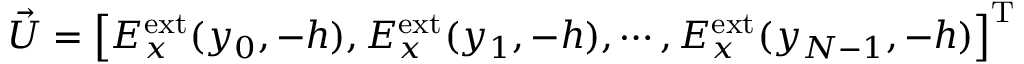
\vec { U } = \left[ E _ { x } ^ { \mathrm { e x t } } ( y _ { 0 } , - h ) , E _ { x } ^ { \mathrm { e x t } } ( y _ { 1 } , - h ) , \cdots , E _ { x } ^ { \mathrm { e x t } } ( y _ { N - 1 } , - h ) \right] ^ { \mathrm { T } }